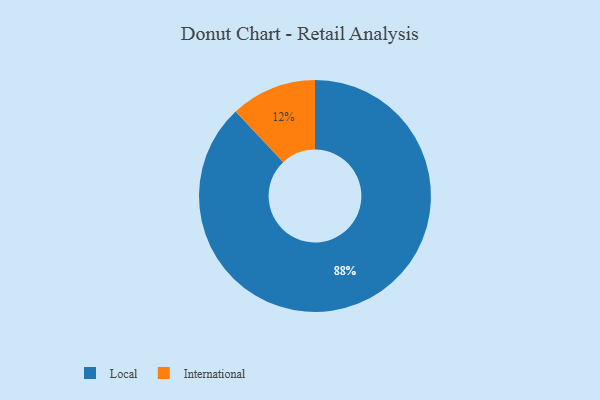
{"axis": {"x": "Category", "y": "Percentage"}, "legend": ["International", "Local"], "data": [{"x": "Local", "y": 88, "type": "Local"}, {"x": "International", "y": 12, "type": "International"}]}